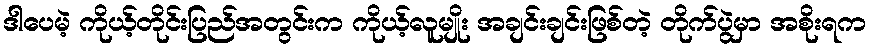
ဒါပေမဲ့ ကိုယ့်တိုင်းပြည်အတွင်းက ကိုယ့်လူမျိုး အချင်းချင်းဖြစ်တဲ့ တိုက်ပွဲမှာ အစိုးရက